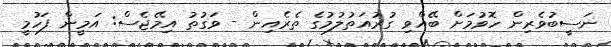
ނަސީބުވެރިން ހޮވުމަށް ބޭއްވި ގުރުއަތުލުމުގެ ތެރެއިން - ވަގުތު އިމޭޖެސް: އަމީން ފަހުމީ